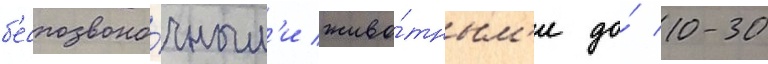
б'еспозвоно́чным'и живо́тным'и до́ 10-30